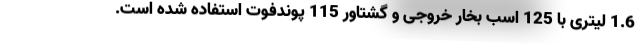
1.6 لیتری با 125 اسب بخار خروجی و گشتاور 115 پوندفوت استفاده شده است.